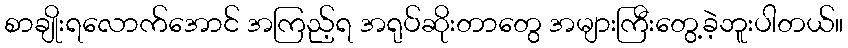
စာချိုးရလောက်အောင် အကြည့်ရ အရုပ်ဆိုးတာတွေ အများကြီးတွေ့ခဲ့ဘူးပါတယ်။